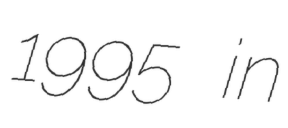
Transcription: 1995 in